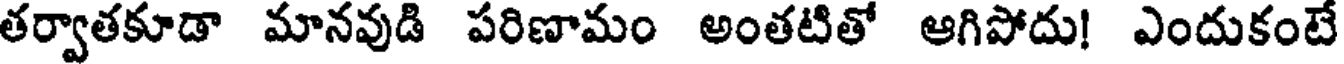
తర్వాతకూడా మానవుడి పరిణామం అంతటితో ఆగిపోదు! ఎందుకంటే